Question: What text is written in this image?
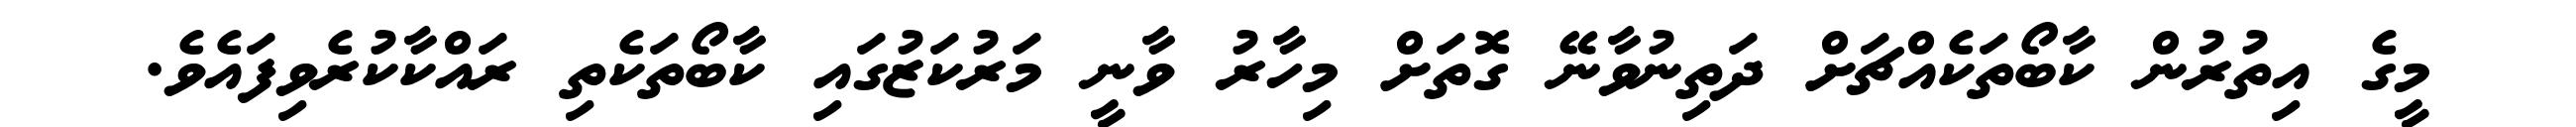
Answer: މީގެ އިތުރުން ކާބޯތަކެއްޗަށް ދަތިނުވާނޭ ގޮތަށް މިހާރު ވާނީ މަރުކަޒުގައި ކާބޯތަކެތި ރައްކާކުރެވިފައެވެ.